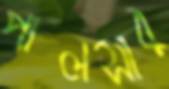
পালসার